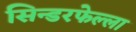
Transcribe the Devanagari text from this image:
सिन्डरफेल्ला